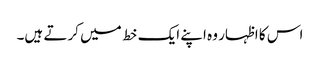
اس کا اظہار وہ اپنے ایک خط میں کرتے ہیں۔